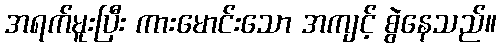
အရက်မူးပြီး ကားမောင်းသော အကျင့် စွဲနေသည်။